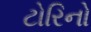
ટોરિનો